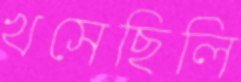
খসেছিলি